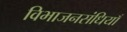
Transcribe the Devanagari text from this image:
विभाजनसंधियाँ